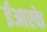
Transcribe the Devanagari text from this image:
ईआरके